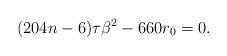
LaTeX: \begin{align*}(204n-6)\tau \beta^2-660r_0=0.\end{align*}